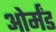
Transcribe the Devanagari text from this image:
ओर्मंड